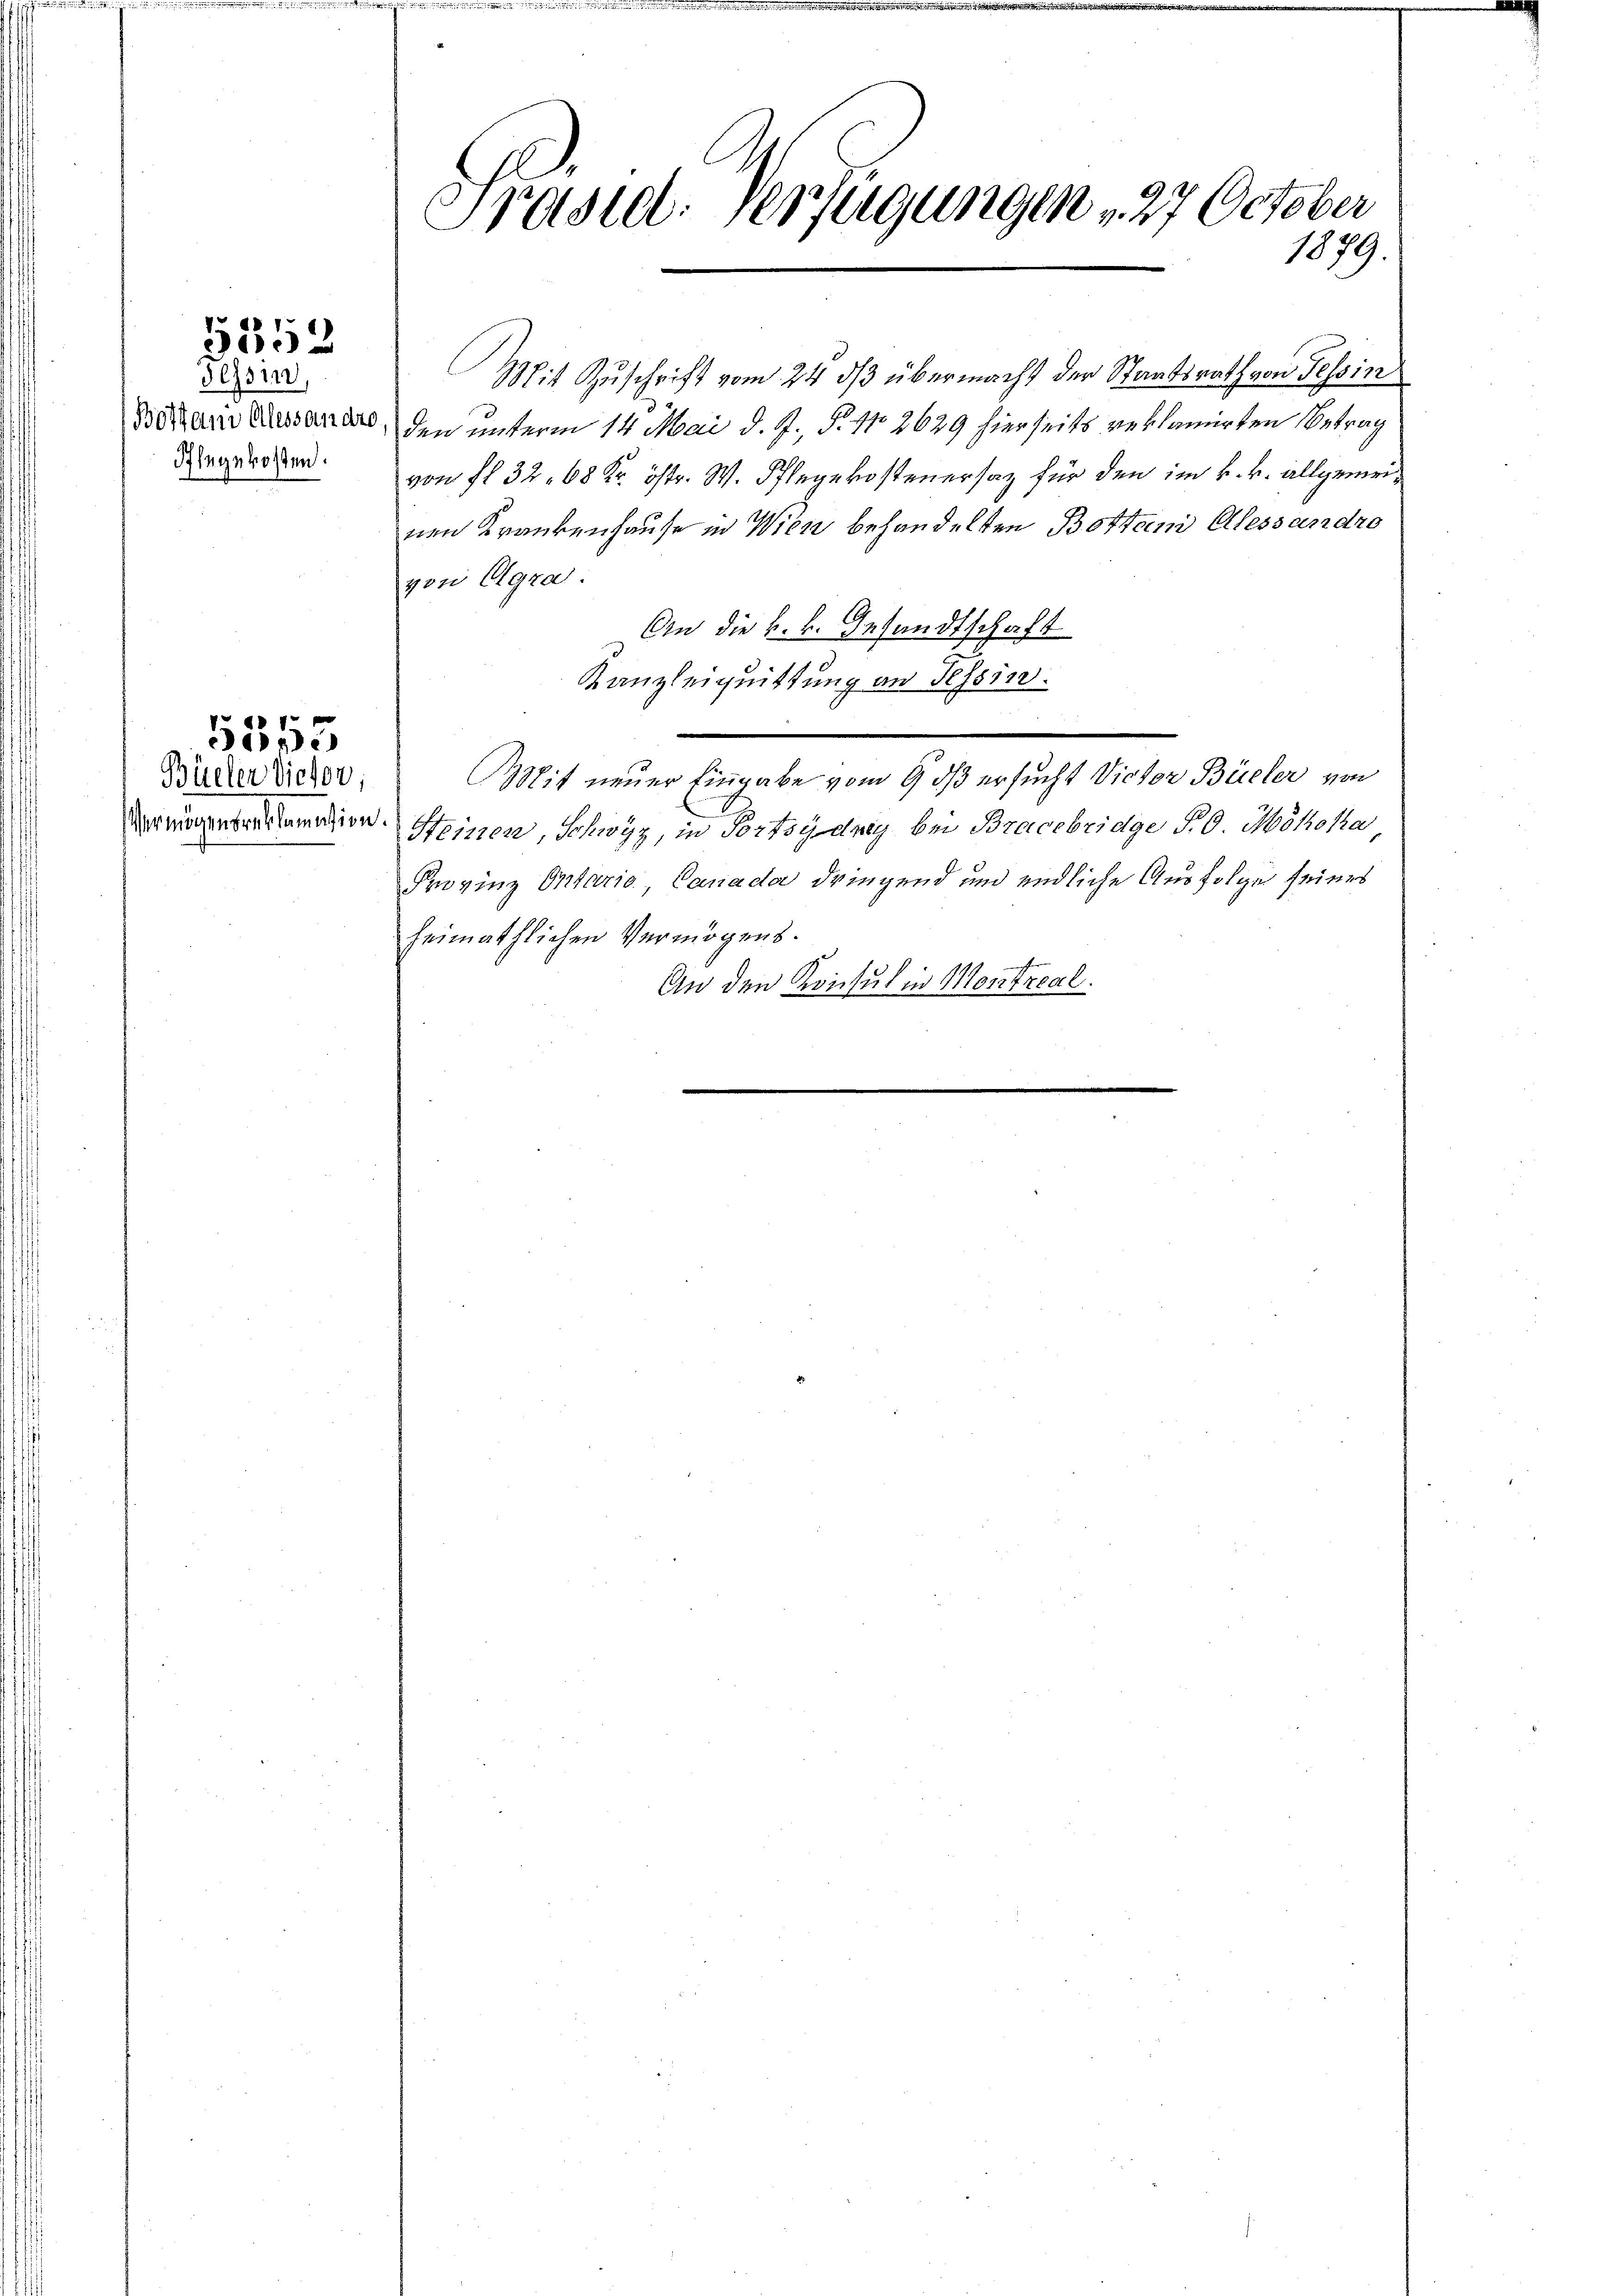
5552

Tessin,
Pflegekosten.

Büelen dieser,

5555

Präsid. Verfügungen u. 27 October
1879.

Mit Zuschrift vom 24. ds übermacht der Staatsrath von Tessin
Betario Diessener, den unterm 14. Mai d. J., P. Nr. 3629 hierseits reklamirten Betrag
von fl 32. 68 Kr. östr. W. Pflegekostenersaz für den im k. k. allgemeinen Krankenhause in Wien behandelten Botten Alessandro
von Agra
An die k.k. Gesandtschaft
Kanzleiquittung an Tessin.
Mit neuer Eingabe vom 9 dß ersucht Victor Büeler von
dermagenbrunnen Heinen, Schwyz, in Fortsydney bei Bracebridge P. O. Mohoka
Provinz Ontario, Canada dringend und endliche Ausfolge seines
heimathlichen Vermögens.
An den Konsul in Montreal.
e